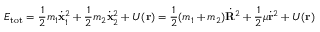
E _ { \mathrm { t o t } } = { \frac { 1 } { 2 } } m _ { 1 } { \dot { \mathbf { x } } } _ { 1 } ^ { 2 } + { \frac { 1 } { 2 } } m _ { 2 } { \dot { \mathbf { x } } } _ { 2 } ^ { 2 } + U ( \mathbf { r } ) = { \frac { 1 } { 2 } } ( m _ { 1 } + m _ { 2 } ) { \dot { \mathbf { R } } } ^ { 2 } + { \frac { 1 } { 2 } } \mu { \dot { \mathbf { r } } } ^ { 2 } + U ( \mathbf { r } )